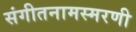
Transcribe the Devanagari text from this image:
संगीतनामस्मरणी